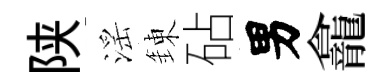
陕滛錬砧男龕